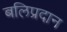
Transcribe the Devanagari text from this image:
बलिप्रदान